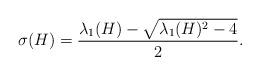
LaTeX: \begin{align*}\sigma(H) = \frac{\lambda_1(H) - \sqrt{\lambda_1(H)^2 -4}}{2}.\end{align*}